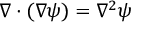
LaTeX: \nabla \cdot ( \nabla \psi ) = \nabla ^ { 2 } \psi